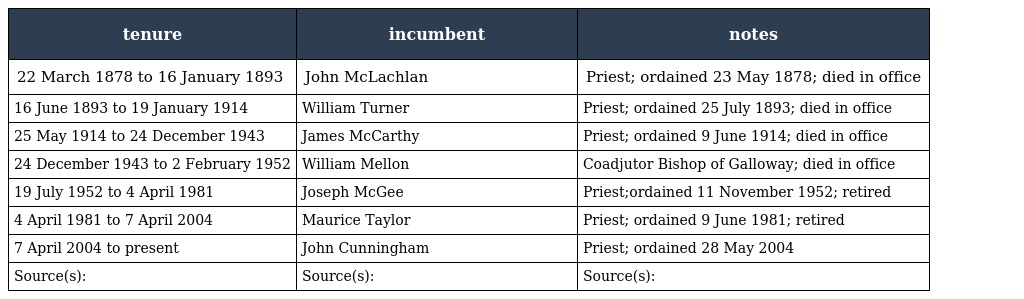
| tenure | incumbent | notes |
 | --- | --- | --- |
 | 22 March 1878 to 16 January 1893 | John McLachlan | Priest; ordained 23 May 1878; died in office |
 | 16 June 1893 to 19 January 1914 | William Turner | Priest; ordained 25 July 1893; died in office |
 | 25 May 1914 to 24 December 1943 | James McCarthy | Priest; ordained 9 June 1914; died in office |
 | 24 December 1943 to 2 February 1952 | William Mellon | Coadjutor Bishop of Galloway; died in office |
 | 19 July 1952 to 4 April 1981 | Joseph McGee | Priest;ordained 11 November 1952; retired |
 | 4 April 1981 to 7 April 2004 | Maurice Taylor | Priest; ordained 9 June 1981; retired |
 | 7 April 2004 to present | John Cunningham | Priest; ordained 28 May 2004 |
 | Source(s): | Source(s): | Source(s): |